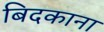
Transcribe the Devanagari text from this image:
बिदकाना